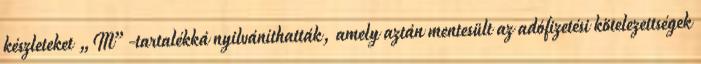
készleteket „M”-tartalékká nyilváníthatták, amely aztán mentesült az adófizetési kötelezettségek